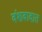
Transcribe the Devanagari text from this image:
वंशवादात